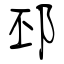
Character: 邳